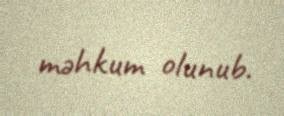
məhkum olunub.